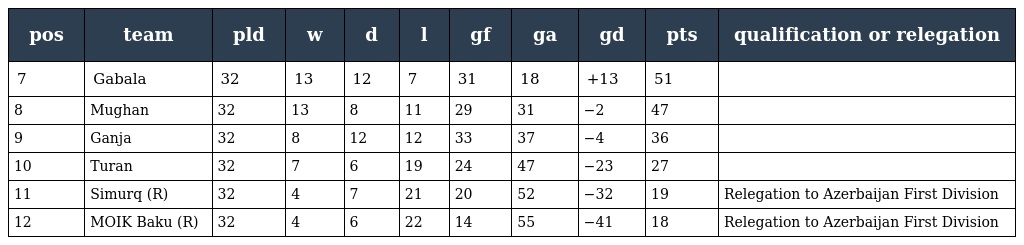
| pos | team | pld | w | d | l | gf | ga | gd | pts | qualification or relegation |
 | --- | --- | --- | --- | --- | --- | --- | --- | --- | --- | --- |
 | 7 | Gabala | 32 | 13 | 12 | 7 | 31 | 18 | +13 | 51 |  |
 | 8 | Mughan | 32 | 13 | 8 | 11 | 29 | 31 | −2 | 47 |  |
 | 9 | Ganja | 32 | 8 | 12 | 12 | 33 | 37 | −4 | 36 |  |
 | 10 | Turan | 32 | 7 | 6 | 19 | 24 | 47 | −23 | 27 |  |
 | 11 | Simurq (R) | 32 | 4 | 7 | 21 | 20 | 52 | −32 | 19 | Relegation to Azerbaijan First Division |
 | 12 | MOIK Baku (R) | 32 | 4 | 6 | 22 | 14 | 55 | −41 | 18 | Relegation to Azerbaijan First Division |